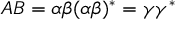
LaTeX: A B = \alpha \beta ( \alpha \beta ) ^ { * } = \gamma \gamma ^ { * }